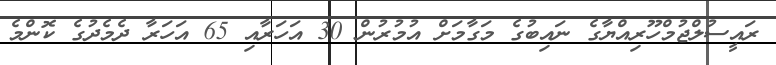
ރައީސުލްޖުމްހޫރިއްޔާގެ ނައިބުގެ މަގާމަށް އުމުރުން 30 އަހަރާއި 65 އަހަރާ ދެމެދުގެ ކޮންމެ